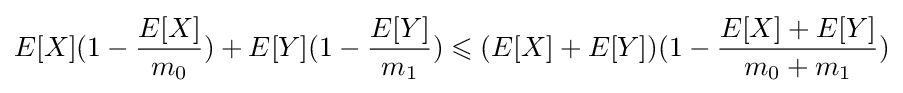
E[X](1-{\frac {E[X]}{m_{0}}})+E[Y](1-{\frac {E[Y]}{m_{1}}})\leqslant (E[X]+E[Y])(1-{\frac {E[X]+E[Y]}{m_{0}+m_{1}}})